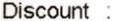
DISCOUNT :